system: You are a helpful assistant.
user:
Analyze the provided spectrum to determine if it is a **S-type Star**.

- **Key Indicators for S-type Star:**

    - **(Overall Spectrum Shape):** The first and most obvious characteristic is the overall continuum (the "baseline" shape). It is **extremely "red-sloping,"** meaning the flux (light intensity) is very low on the left side (blue, ~4000-4500 Å) and rises steeply and continuously toward the right side (red, ~7000 Å+).

    - **(Primary):** The spectrum is defined by the presence of strong, broad molecular absorption "valleys" (bands) from **Zirconium Oxide (ZrO)**. The identification of these bands is the **primary requirement** for classifying a star as S-type.
        - **(Key Bandheads):** You must find distinct, deep "dips" where the light has been absorbed. The most critical band systems to locate are:
            - **~6474 Å** ($\gamma$-system): This is often the strongest and clearest ZrO feature, found in the red part of the spectrum.
            - **~5718 Å** & **~5551 Å** ($\beta$-system): A pair of prominent absorption features in the yellow-orange part of the spectrum.
            - **~4640 Å** ($\alpha$-system): A key absorption band system in the blue-green region of the spectrum.

    - **(Secondary Confirmation):** The classification is strengthened by finding additional absorption bands from other related heavy element oxides, which are expected to be present alongside ZrO.
        - **(Key Bandheads):**
            - **Yttrium Oxide (YO):** Look for absorption dips near **~4800 Å** and **~6100 Å**.
            - **Lanthanum Oxide (LaO):** Additional absorption features, particularly in the red-orange part of the spectrum, are also characteristic.

    - **(Line Profile):** The combination of the steep red continuum and these numerous, deep molecular bands (ZrO, YO, etc.) gives the entire spectrum a very **"chopped-up"** or **"bumpy"** appearance. Instead of a smooth curve, the spectrum looks as though large, wide chunks of light have been "carved out" of it at the specific wavelengths listed above.

Think first, call **spectral_visualization_tool** if needed to examine features in detail, then provide your final answer. Your response must adhere to the following strict rules:
1.  **Overall Structure:** Your response must follow the format `<think>...</think> <tool_call>...</tool_call> (if a tool is used) <answer>...</answer>`.
2.  **Tool Usage Constraint:** You may only make **one** tool call per turn.
3.  **Final Answer Format:** In the `<answer>` tag, your conclusion must be inside a `\boxed{}` command (e.g., `\boxed{YES}` or `\boxed{NO}`), followed by your justification.

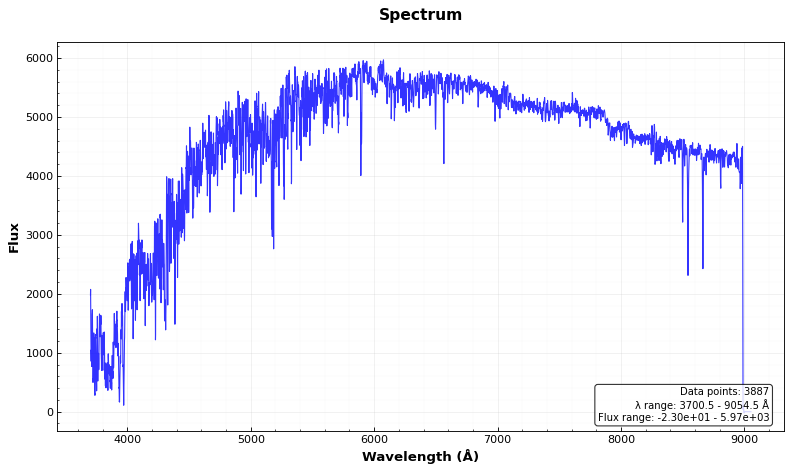
Answer: NO